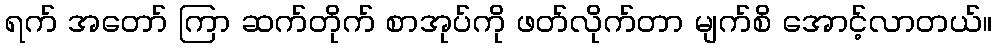
ရက် အတော် ကြာ ဆက်တိုက် စာအုပ်ကို ဖတ်လိုက်တာ မျက်စိ အောင့်လာတယ်။